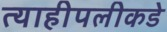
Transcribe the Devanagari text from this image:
त्याहीपलीकडे